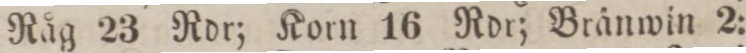
Råg 23 Rdr; Korn 16 Rdr; Bränwin 2: